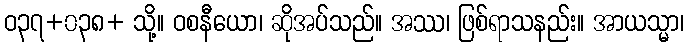
ဝ၃၇+၀၃၈+ သို့။ ဝစနီယော၊ ဆိုအပ်သည်။ အဿ၊ ဖြစ်ရာသနည်း။ အာယသ္မာ၊